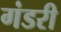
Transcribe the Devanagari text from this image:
गंडरी